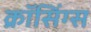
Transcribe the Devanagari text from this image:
क्रॉसिंग्स